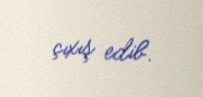
çıxış edib.